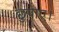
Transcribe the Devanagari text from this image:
छुपाए।